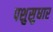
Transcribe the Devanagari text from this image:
पशुसुधार